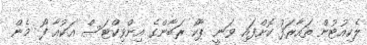
ލެކިއުޓުން ތައާރަފު ކޮށްފައި ވަނީ ޕާކޯ ރަބާންގެ އިންވިކްޓަސް އަކުއާ ފޯ މެން